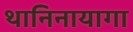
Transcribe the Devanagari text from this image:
थानिनायागा